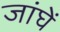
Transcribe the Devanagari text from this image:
जांघें